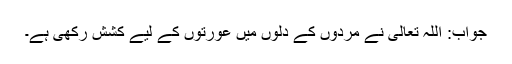
جواب: اللہ تعالیٰ نے مردوں کے دلوں میں عورتوں کے لیے کشش رکھی ہے۔